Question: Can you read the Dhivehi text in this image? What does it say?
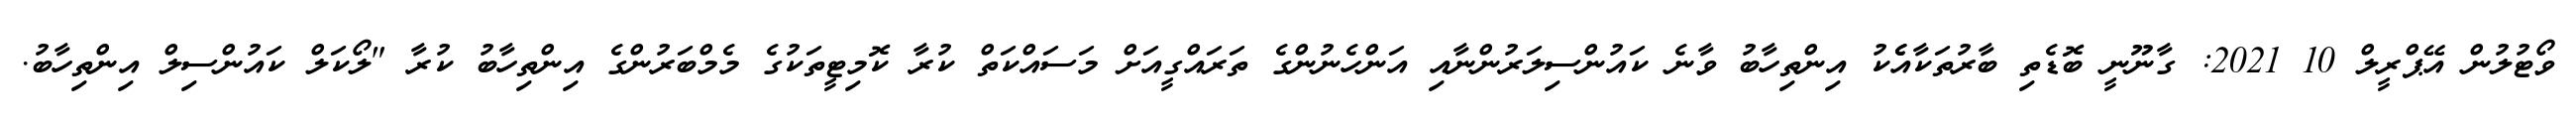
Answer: ވޯޓުލުން އޭޕްރީލް 10 2021: ގާނޫނީ ބޮޑެތި ބާރުތަކާއެެކު އިންތިހާބު ވާނެ ކައުންސިލަރުންނާއި އަންހެނުންގެ ތަރައްގީއަށް މަސައްކަތް ކުރާ ކޮމިޓީތަކުގެ މެމްބަރުންގެ އިންތިހާބު ކުރާ "ލޯކަލް ކައުންސިލް އިންތިހާބު.